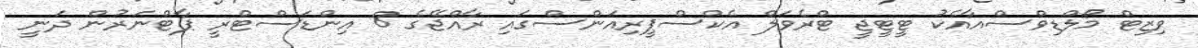
ވިޒިޓް މޯލްޑިވްސްއާއެކު ޓީޓީޖީ ޓްރެވަލް އެކްސްޕީރިއަންސްގައި ރާއްޖޭގެ 8 އިންޑަސްޓްރީ ޕާޓްނަރުން ދަނީ